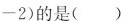
-2)的是()(A)